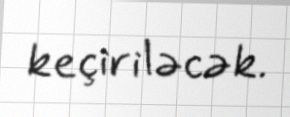
keçiriləcək.